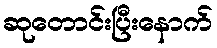
ဆုတောင်းပြီးနောက်